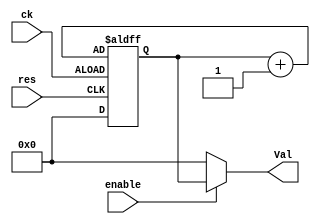
module Counter(input ck,input res, output [7:0] Val,input enable);
reg [7:0] q;
initial q <= 0;
always @(posedge ck or posedge res) begin
	if( ck==1'b1 )
		q<=q+8'h1;
	else
		q<=8'h0;
end
assign Val = (enable) ? q : 8'b0;
endmodule

module MemoryaddrBridge(input VSYNC, input HREF,input pclk,output reg Sig_En,output reg enC, output[7:0] line, output [7:0] foo);
//module MemoryaddrBridge(input VSYNC, input HREF,input pclk,output reg Sig_En);
//wire [7:0] line,foo;
//reg res,enC;
reg res;
initial begin
	Sig_En <= 1'b1;
end
Counter HrefC (HREF, VSYNC, line[7:0],1'b1);
Counter PixC (pclk,res, foo[7:0],enC&HREF);
	//always @(negedge VSYNC) begin
//	res<=1'b0;
//end
always @(negedge pclk) begin
	if(line==8'h20 || line==8'h80 || line==8'hF0) begin
		enC<=1'b1;
	end
	else begin
		enC<=1'b0;
	end
	if(foo[6]==1'b1)begin
		Sig_En<=1'b1;
		res<=1'b1;
	end
	else begin
		Sig_En<=1'b0;
		res<=1'b0;
	end
end
endmodule

//module memoryaddressor(input Sig_En, input pclk, output CEb, output BLEb, output BHEb);